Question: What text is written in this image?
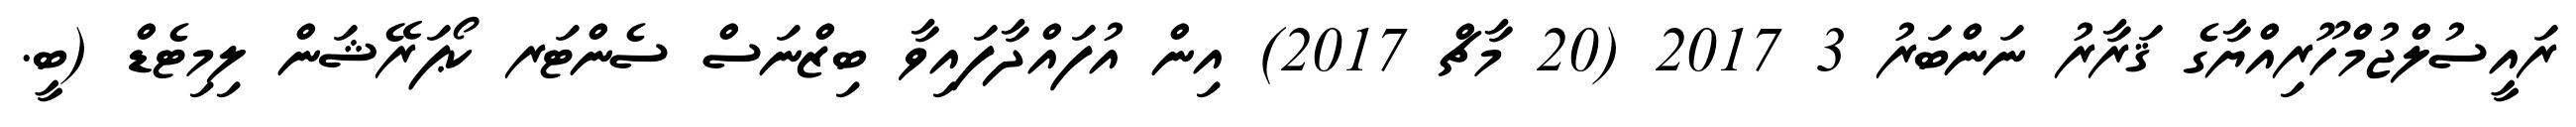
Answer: ރައީސުލްޖުމްހޫރިއްޔާގެ ޤަރާރު ނަންބަރު 3 2017 (20 މާޗް 2017) އިން އުފައްދާފައިވާ ބިޒްނަސް ސެންޓަރ ކޯޕަރޭޝަން ލިމިޓެޑް (ބީ.